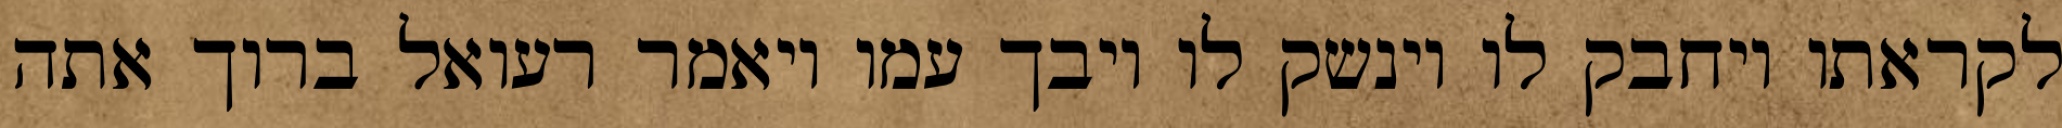
לקראתו ויחבק לו וינשק לו ויבך עמו ויאמר רעואל ברוך אתה